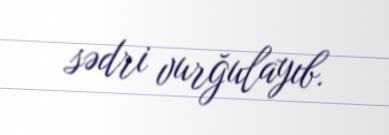
sədri vurğulayıb.